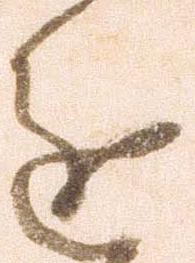
進